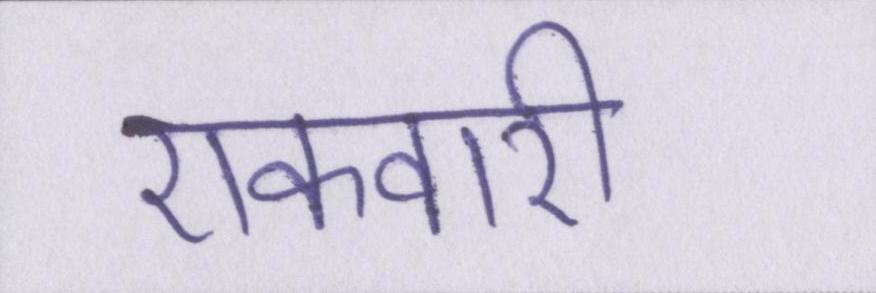
एकवारी